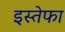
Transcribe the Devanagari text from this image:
इस्तेफा